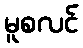
မူစလင်